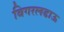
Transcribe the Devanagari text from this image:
बिगरलढाऊ